Lunatic asylums in Bengal annual reports 1899-1911 - 1899-1911
Year: 1899
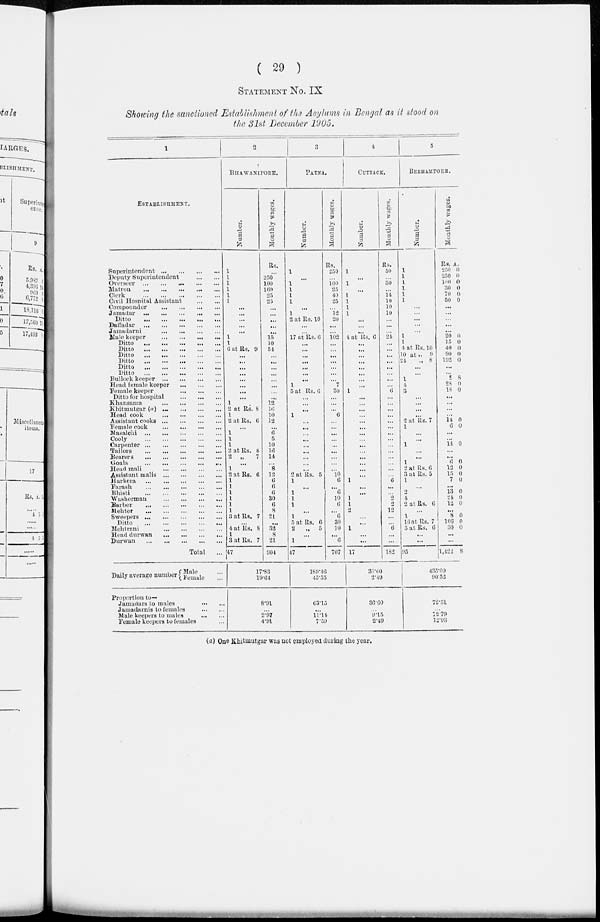
( 29 )
STATEMENT NO. IX
Showing the functioned Establishment of the Asylums in Bengal as it stood on
the 31st December 1905.
1
ESTABLISHMENT.
Superintendent ... ... ... ...
Deputy Superintendent
...
...
Overseer
...
...
...
...
...
Matron
...
...
...
...
...
Clerk
...
...
...
...
...
Civil Hospital Assistant
...
...
Compounder
...
...
...
...
Jamadar
...
...
...
...
...
Ditto
...
...
...
...
...
Daffadar
...
...
...
...
...
Jamadarni
...
...
...
Male keeper ... ... ... ...
Ditto
...
...
...
...
...
Ditto
...
...
...
...
...
Ditto
...
...
...
...
...
Ditto
...
...
...
...
...
Ditto
...
...
...
...
...
Ditto
...
...
...
...
...
Bullock keeper
...
...
...
...
Head female keeper
...
...
...
Female keeper
...
...
...
Ditto for hospital
...
...
...
Khansama
...
...
...
Khitmutgar (a)
...
...
...
...
Head cook
...
...
...
...
Assistant cooks
...
...
...
...
Female cook
...
...
...
...
Masalchi
...
...
...
...
...
Cooly
...
...
...
...
...
Carpenter
...
...
...
...
Tailors
...
...
...
...
Bearers
...
...
...
...
Goala
...
...
...
...
Head mali
...
...
...
...
Assistant malis
...
...
...
...
Harkera
...
...
...
...
...
Thrash
...
...
...
...
...
Bhisti
...
...
...
...
Washerman
...
...
...
...
Barber
...
...
...
...
Mehter
...
...
...
...
...
Sweepers
...
...
...
...
...
Ditto
...
...
...
...
...
Mehtrani ... ... ... ...
Head durwan
...
...
...
...
Durwan
...
...
...
...
...
Total ...
Daily average number
Male ...
Female ...
Proportion to—
Jamadars to males
...
...
Jamadarnis to females
...
...
Male keepers to males
...
...
Female keepers to females ...
2
BHAWANIPORE.
Number.
1
1
1
1
1
1
...
...
...
...
...
1
1
6 at Rs. 9
...
...
...
...
...
...
...
...
1
2 at Rs. 8
1
2 at Rs.6
...
1
1
1
2 at Rs. 8
2 „
7
...
1
2atRs. 6
1
1
1
1
1
1
3 at Rs. 7
...
4 at Rs. 8
1
3atRs. 7
47
Monthly wages.
Rs.
...
250
100
160
25
23
...
...
...
...
...
15
10
54
...
...
...
...
...
...
...
...
12
16
10
12
...
6
5
10
16
14
...
8
12
6
6
6
30
6
8
21
...
32
8
21
904
17.83
19.64
...
8.91
...
2.97
4.91
3
PATNA.
Number.
1
...
1
1
1
1
...
1
2 at Rs. 10
...
...
17 at Rs. 6
...
...
...
...
...
...
...
1
5 at Rs. 6
...
...
...
1
...
...
...
...
...
...
...
...
...
2at Rs. 5
1
...
1
1
1
...
1
5 at Rs. 6
2
„ 5
...
1
47
Monthly wages.
Rs.
250
...
100
25
40
25
...
12
20
...
...
102
...
...
...
...
...
...
...
7
30
...
...
...
6
...
...
...
...
...
...
...
...
...
10
6
...
6
10
6
...
6
30
10
...
6
707
189.46
45.55
...
63.15
...
11.14
7.59
4
CUTTACK.
Number.
1
...
1
...
1
1
1
1
...
...
...
4 atRs. 6
...
...
...
...
...
...
...
...
1
...
...
...
...
...
...
...
...
...
...
...
...
...
...
1
...
...
1
1
2
...
...
1
...
...
17
Monthly wages.
Rs.
50
...
30
...
14 10
10
10
...
...
...
24
...
...
...
...
...
...
...
...
6
...
...
...
...
...
...
...
...
...
...
...
...
...
...
6
...
...
2
2
12
...
...
6
...
...
182
36.60
2.49
36.60
...
9.15
2.49
5
BERHAMPORE.
Number.
1
1
1
1
1
1
...
...
...
...
...
1
1
4 at Rs. 10
10 at., 9
24
„ 8
...
...
1
4
3
...
...
...
...
2 at Rs. 7
1
...
...
1
...
...
1
2 at Rs. 6
3 at Rs. 5
1
...
2
4
2atRs. 6
...
1
16 at Rs. 7
5 at Rs. 6
...
...
95
Monthly wages.
Rs. A.
250 0
250 0
100 0
30 0
70 0
50 0
...
...
...
...
...
20 0
15 0
40 0
90 0
192 0
...
...
2 8
28 0
18 0
...
...
...
...
14 0
6 0
...
...
14 0
...
...
6 0
12 0
15 0
7 0
...
13 0
24 0
12 0
...
8 0
106 0
30 0
...
...
1,422 8
435.09
90.52
72.51
...
12.79
12.93
(a) One Khitmutgar was not employed during the year.